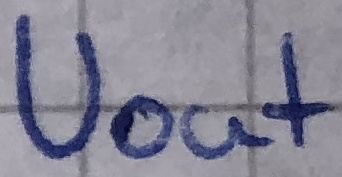
Text: Uout